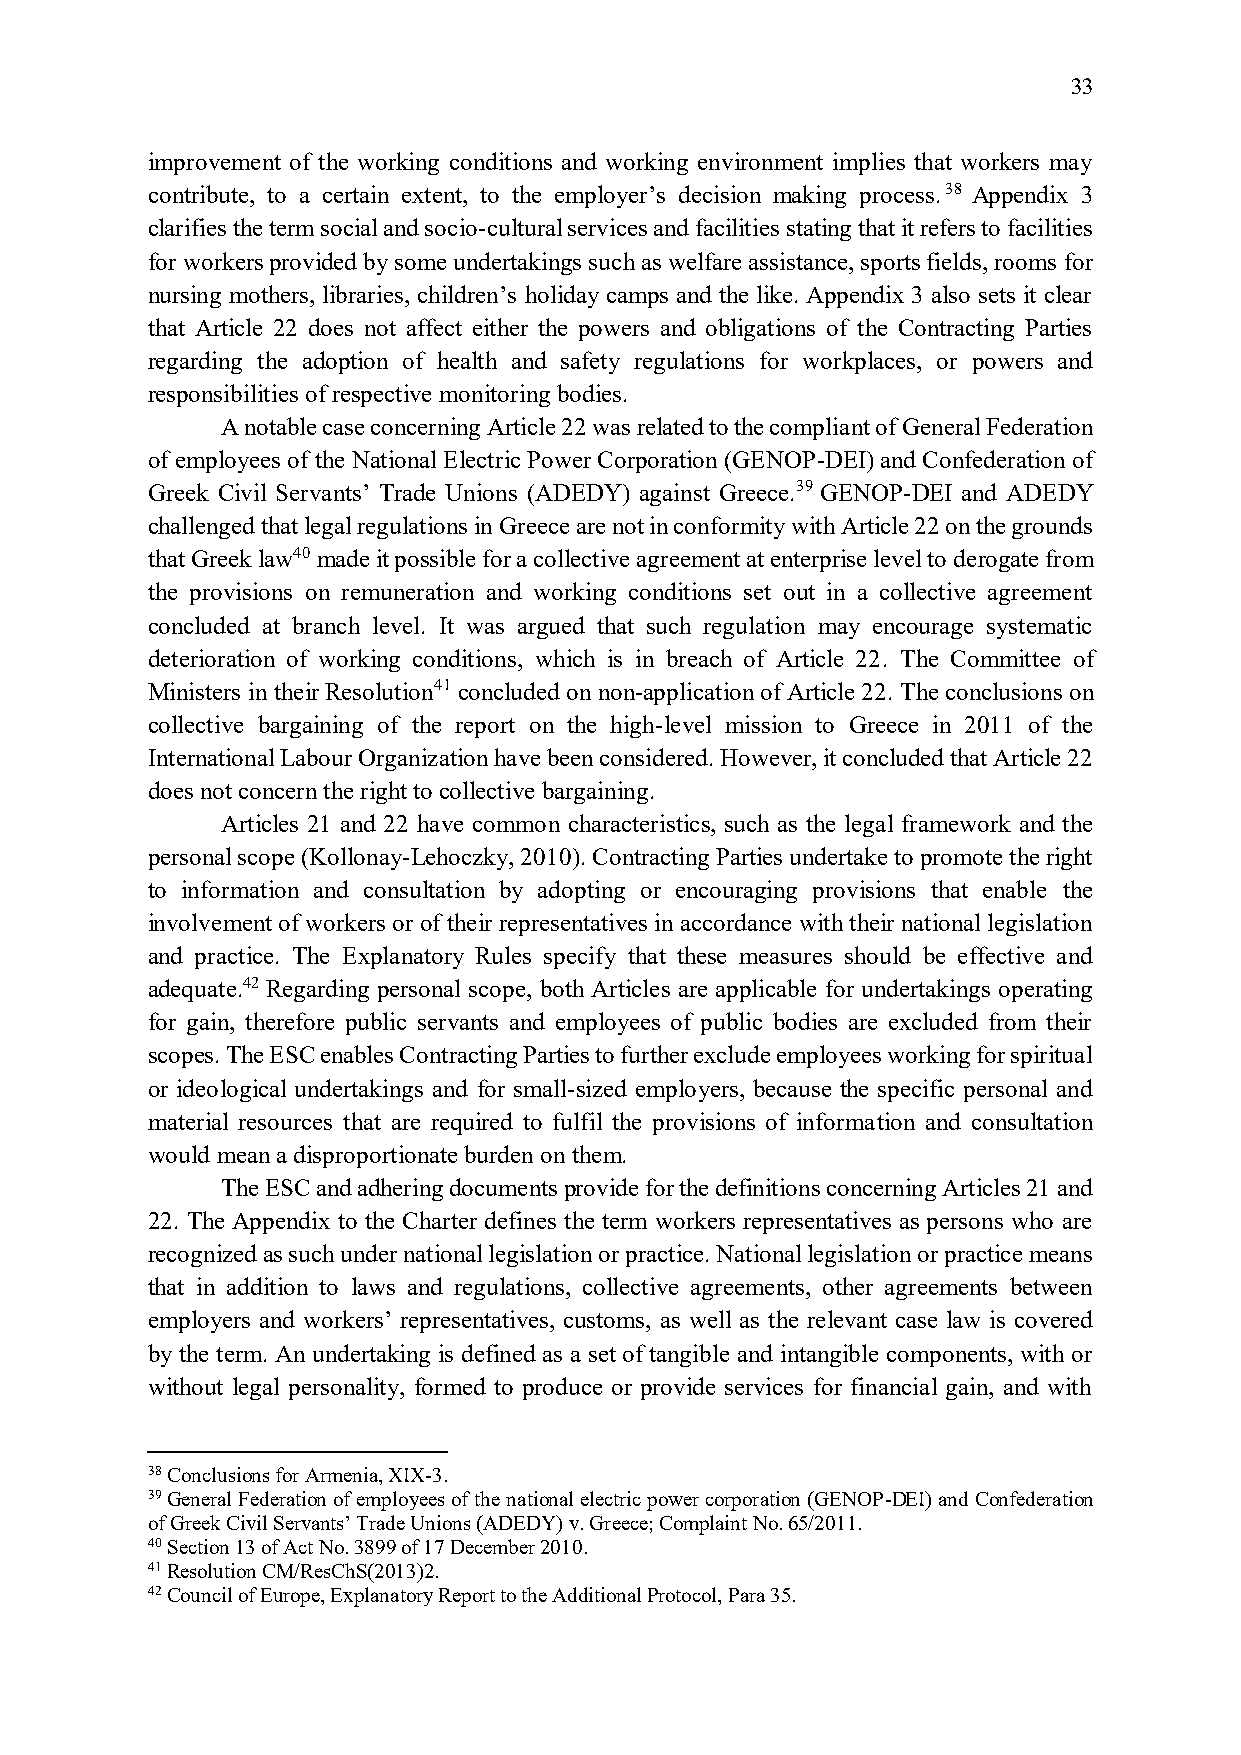
33
 improvement of the working conditions and working environment implies that workers may
 contribute, to a certain extent, to the employer’s decision making process.38 Appendix 3
 clarifies the term social and socio-cultural services and facilities stating that it refers to facilities
 for workers provided by some undertakings such as welfare assistance, sports fields, rooms for
 nursing mothers, libraries, children’s holiday camps and the like. Appendix 3 also sets it clear
 that Article 22 does not affect either the powers and obligations of the Contracting Parties
 regarding the adoption of health and safety regulations for workplaces, or powers and
 responsibilities of respective monitoring bodies.
 A notable case concerning Article 22 was related to the compliant of General Federation
 of employees of the National Electric Power Corporation (GENOP-DEI) and Confederation of
 Greek Civil Servants’ Trade Unions (ADEDY) against Greece.39 GENOP-DEI and ADEDY
 challenged that legal regulations in Greece are not in conformity with Article 22 on the grounds
 that Greek law40 made it possible for a collective agreement at enterprise level to derogate from
 the provisions on remuneration and working conditions set out in a collective agreement
 concluded at branch level. It was argued that such regulation may encourage systematic
 deterioration of working conditions, which is in breach of Article 22. The Committee of
 Ministers in their Resolution41 concluded on non-application of Article 22. The conclusions on
 collective bargaining of the report on the high-level mission to Greece in 2011 of the
 International Labour Organization have been considered. However, it concluded that Article 22
 does not concern the right to collective bargaining.
 Articles 21 and 22 have common characteristics, such as the legal framework and the
 personal scope (Kollonay-Lehoczky, 2010). Contracting Parties undertake to promote the right
 to information and consultation by adopting or encouraging provisions that enable the
 involvement of workers or of their representatives in accordance with their national legislation
 and practice. The Explanatory Rules specify that these measures should be effective and
 adequate.42 Regarding personal scope, both Articles are applicable for undertakings operating
 for gain, therefore public servants and employees of public bodies are excluded from their
 scopes. The ESC enables Contracting Parties to further exclude employees working for spiritual
 or ideological undertakings and for small-sized employers, because the specific personal and
 material resources that are required to fulfil the provisions of information and consultation
 would mean a disproportionate burden on them.
 The ESC and adhering documents provide for the definitions concerning Articles 21 and
 22. The Appendix to the Charter defines the term workers representatives as persons who are
 recognized as such under national legislation or practice. National legislation or practice means
 that in addition to laws and regulations, collective agreements, other agreements between
 employers and workers’ representatives, customs, as well as the relevant case law is covered
 by the term. An undertaking is defined as a set of tangible and intangible components, with or
 without legal personality, formed to produce or provide services for financial gain, and with
 38 Conclusions for Armenia, XIX-3.
 39 General Federation of employees of the national electric power corporation (GENOP-DEI) and Confederation
 of Greek Civil Servants’ Trade Unions (ADEDY) v. Greece; Complaint No. 65/2011.
 40 Section 13 of Act No. 3899 of 17 December 2010.
 41 Resolution CM/ResChS(2013)2.
 42 Council of Europe, Explanatory Report to the Additional Protocol, Para 35.